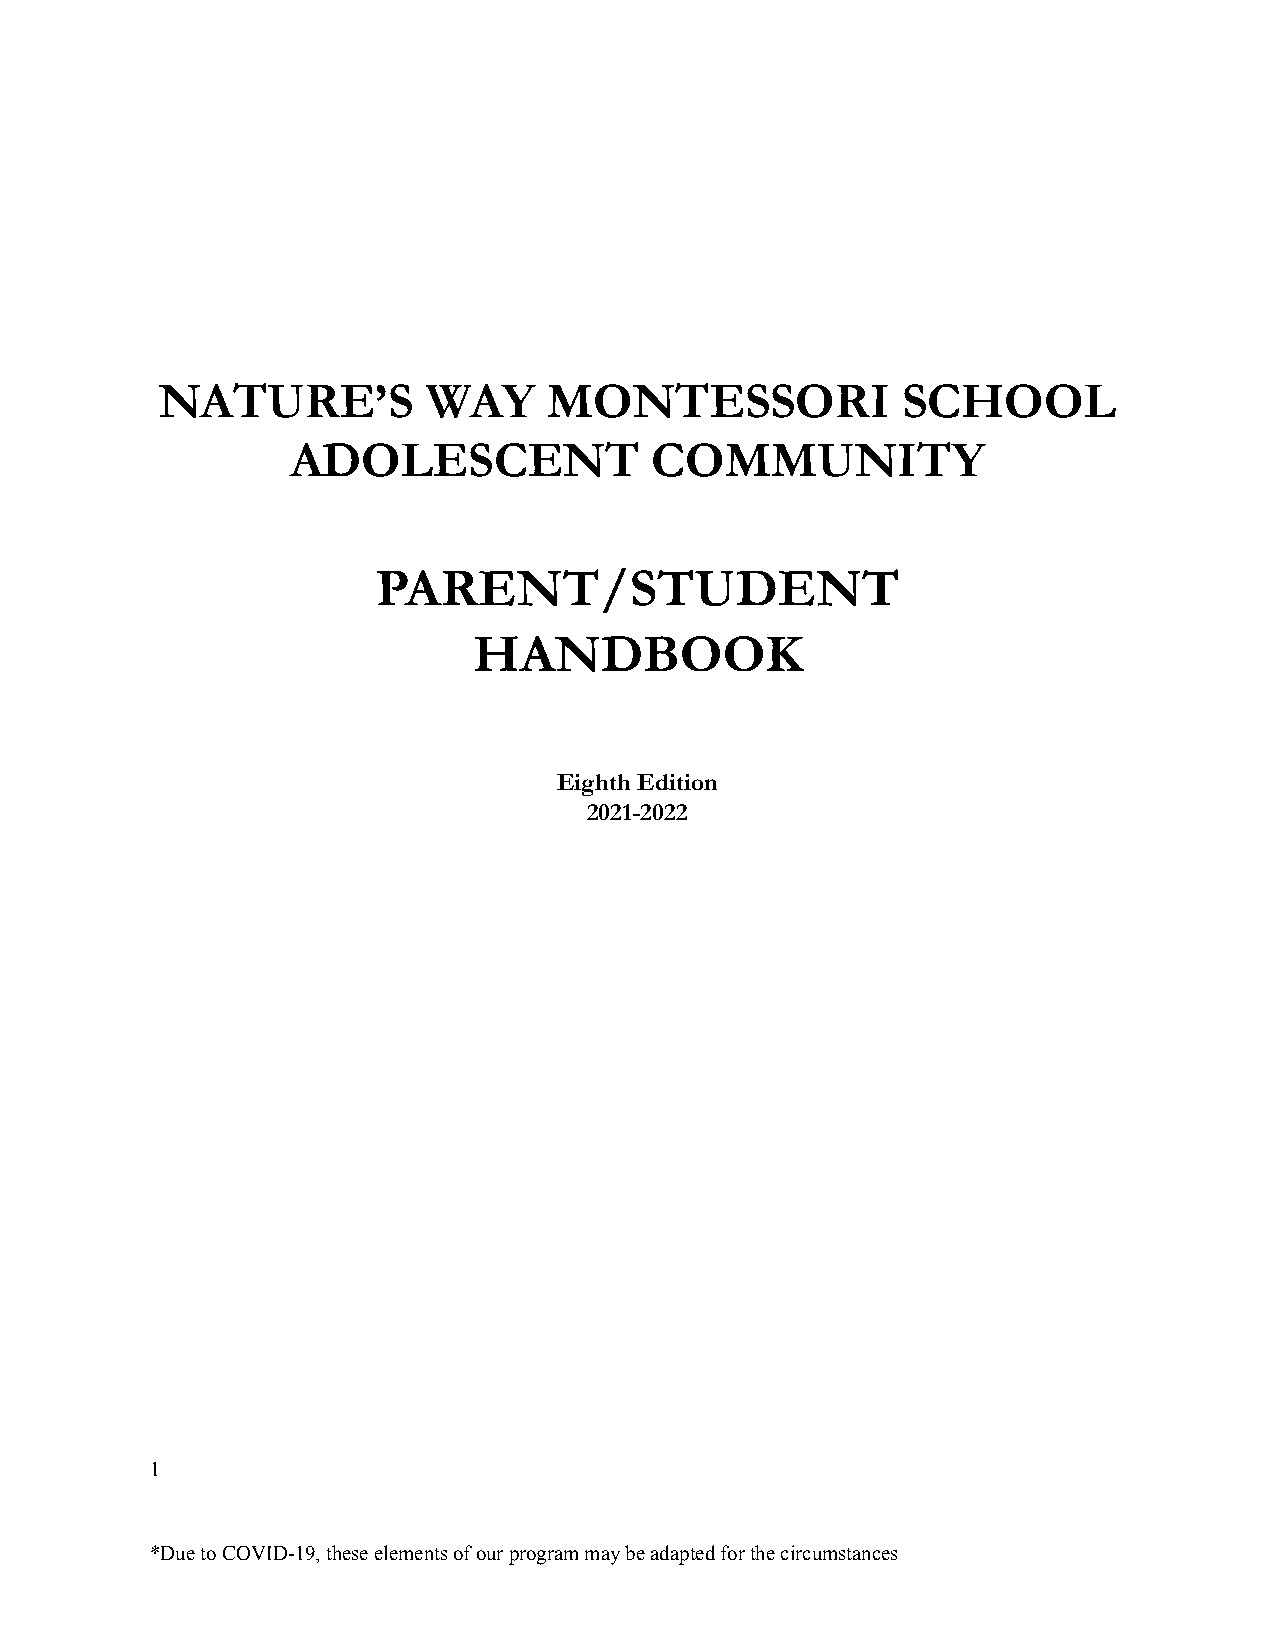
NATURE’S          WAY     MONTESSORI              SCHOOL
 ADOLESCENT              COMMUNITY
 PARENT/STUDENT
 HANDBOOK
 Eighth Edition
 2021-2022
 1
 *Due to COVID-19, these elements of our program maybe adapted for the circumstances